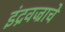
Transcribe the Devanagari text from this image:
इंद्रवज्राचे